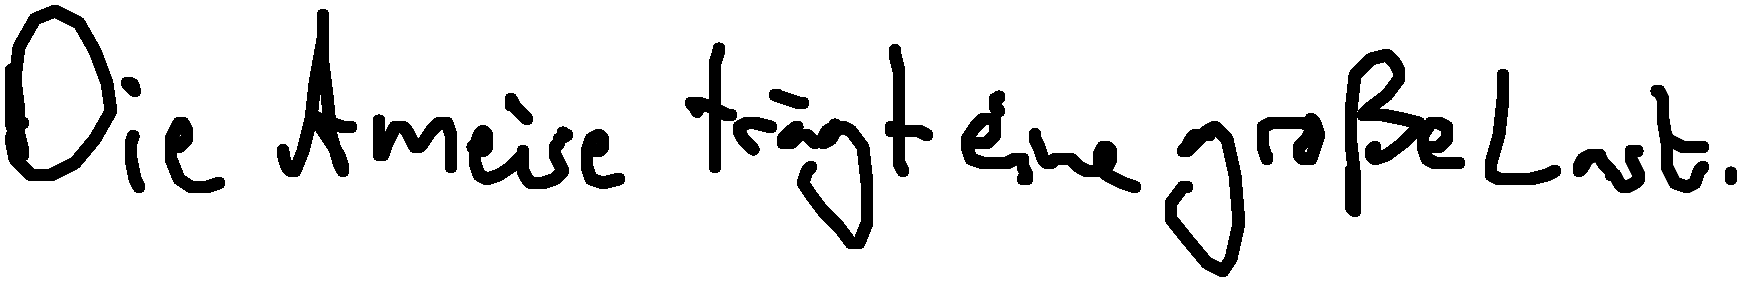
Die Ameise trägt eine große Last.